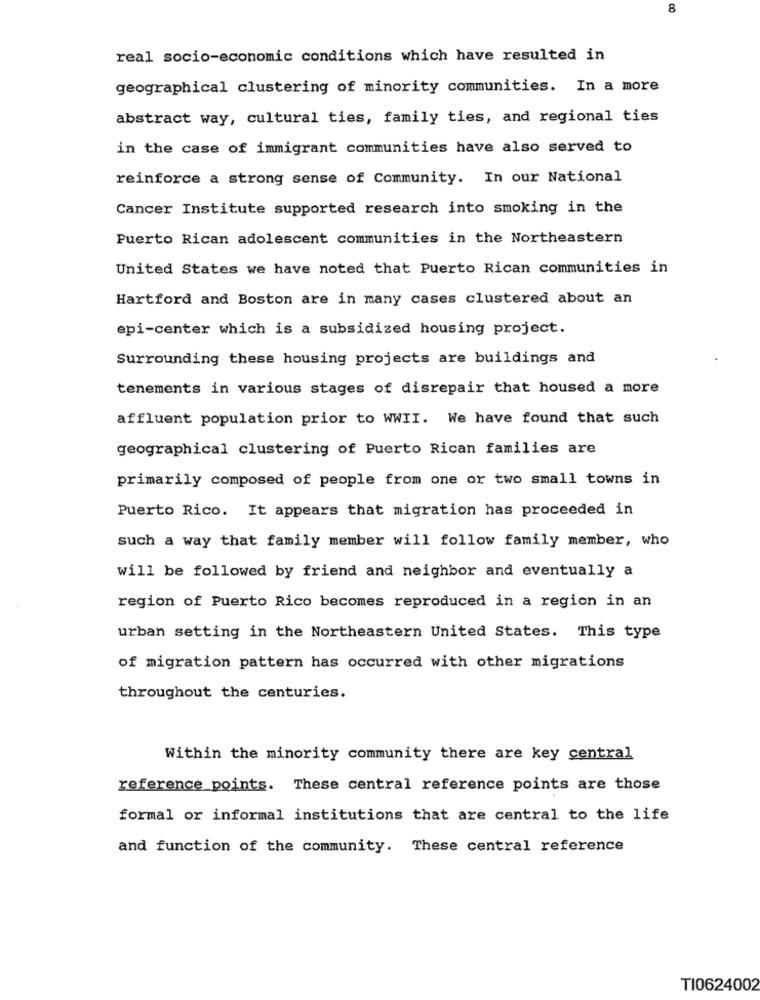
8
real socio-economic conditions which have resulted in
geographical clustering of minority communities. In a more
abstract way, cultural ties, family ties, and regional ties
in the case of immigrant communities have also served to
reinforce a strong sense of Community. In our National
Cancer Institute supported research into smoking in the
Puerto Rican adolescent communities in the Northeastern
United States we have noted that Puerto Rican communities in
Hartford and Boston are in many cases clustered about an
epi-center which is a subsidized housing project.
Surrounding these housing projects are buildings and
tenements in various stages of disrepair that housed a more
affluent population prior to WWII. We have found that such
geographical clustering of Puerto Rican families are
primarily composed of people from one or two small towns in
Puerto Rico. It appears that migration has proceeded in
such a way that family member will follow family member, who
will be followed by friend and neighbor and eventually a
region of Puerto Rico becomes reproduced in a region in an
urban setting in the Northeastern United States. This type
of migration pattern has occurred with other migrations
throughout the centuries.
Within the minority community there are key central
reference points. These central reference points are those
formal or informal institutions that are central to the life
and function of the community. These central reference
TI0624002